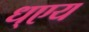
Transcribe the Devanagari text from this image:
ध्एय